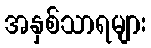
အနှစ်သာရများ